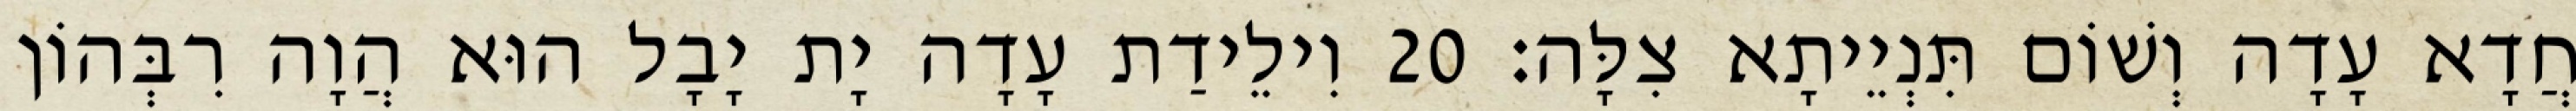
חֲדָא עָדָה וְשׁוֹם תִּנְיֵיתָא צִלָּה׃ 20 וִילֵידַת עָדָה יָת יָבָל הוּא הֲוָה רִבְּהוֹן